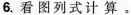
6. 看图列式计算。